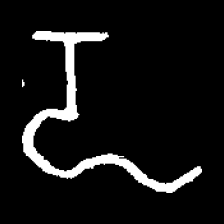
Pyu character \u2014 Myanmar letter: ဍ (romanized: dda)